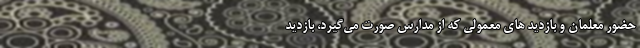
حضور معلمان و بازدید های معمولی که از مدارس صورت می‌گیرد، بازدید